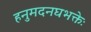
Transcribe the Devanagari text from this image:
हनुमदनघभक्तेः